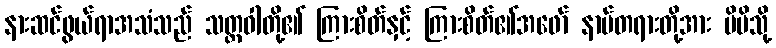
နားဆင်ဖွယ်ရာအသံသည် သတ္တဝါတို့၏ ကြားစိတ်နှင့် ကြားစိတ်၏အဖော် နာမ်တရားတို့အား မိမိသို့